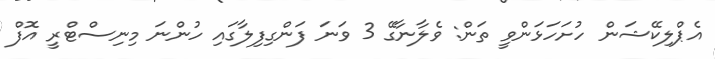
އެޕްލިކޭޝަން ހުށަހަޅަންވީ ތަން: ވެލާނާގޭ 3 ވަނަ ފަންގިފިލާގައި ހުންނަ މިނިސްޓްރީ އޮފް